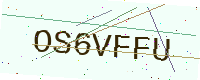
Text: OS6VFFU